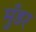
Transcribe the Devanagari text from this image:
मुँडर